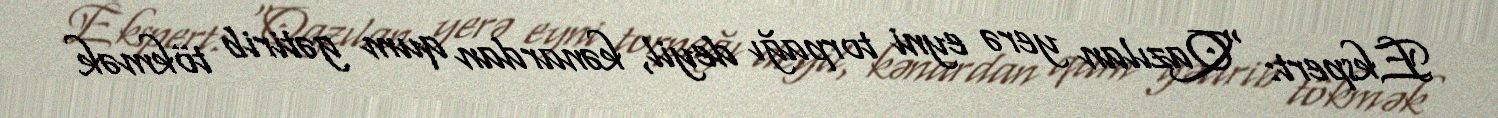
Ekspert: “Qazılan yerə eyni torpağı deyil, kənardan qum gətirib tökmək